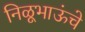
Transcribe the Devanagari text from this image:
निळूभाऊंचे